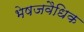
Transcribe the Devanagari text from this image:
भेषजवैधिक